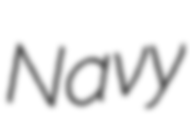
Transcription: Navy